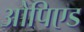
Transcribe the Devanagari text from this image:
ओपिएड